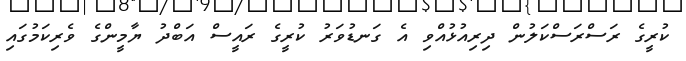
ކުރީގެ ރަސްރަސްކަލުން ދިރިއުޅުއްވި އެ ގަނޑުވަރު ކުރީގެ ރައީސް އަބްދު ޔާމީންގެ ވެރިކަމުގައި